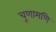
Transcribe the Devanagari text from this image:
चूणामणि